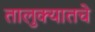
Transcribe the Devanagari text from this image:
तालुक्यातचे